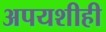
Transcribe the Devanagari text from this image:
अपयशीही